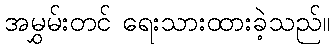
အမွှမ်းတင် ရေးသားထားခဲ့သည်။